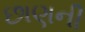
છાણની